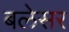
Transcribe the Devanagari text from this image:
बलेसर